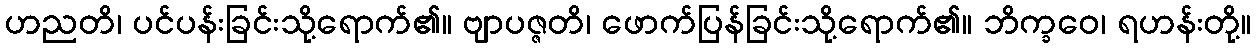
ဟညတိ၊ ပင်ပန်းခြင်းသို့ရောက်၏။ ဗျာပဇ္ဇတိ၊ ဖောက်ပြန်ခြင်းသို့ရောက်၏။ ဘိက္ခဝေ၊ ရဟန်းတို့။